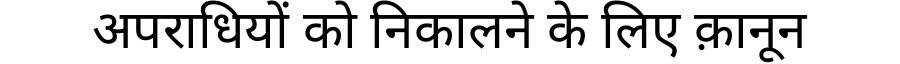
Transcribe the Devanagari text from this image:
अपराधियों को निकालने के लिए क़ानून